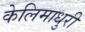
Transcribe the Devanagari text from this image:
केलिमाधुरी